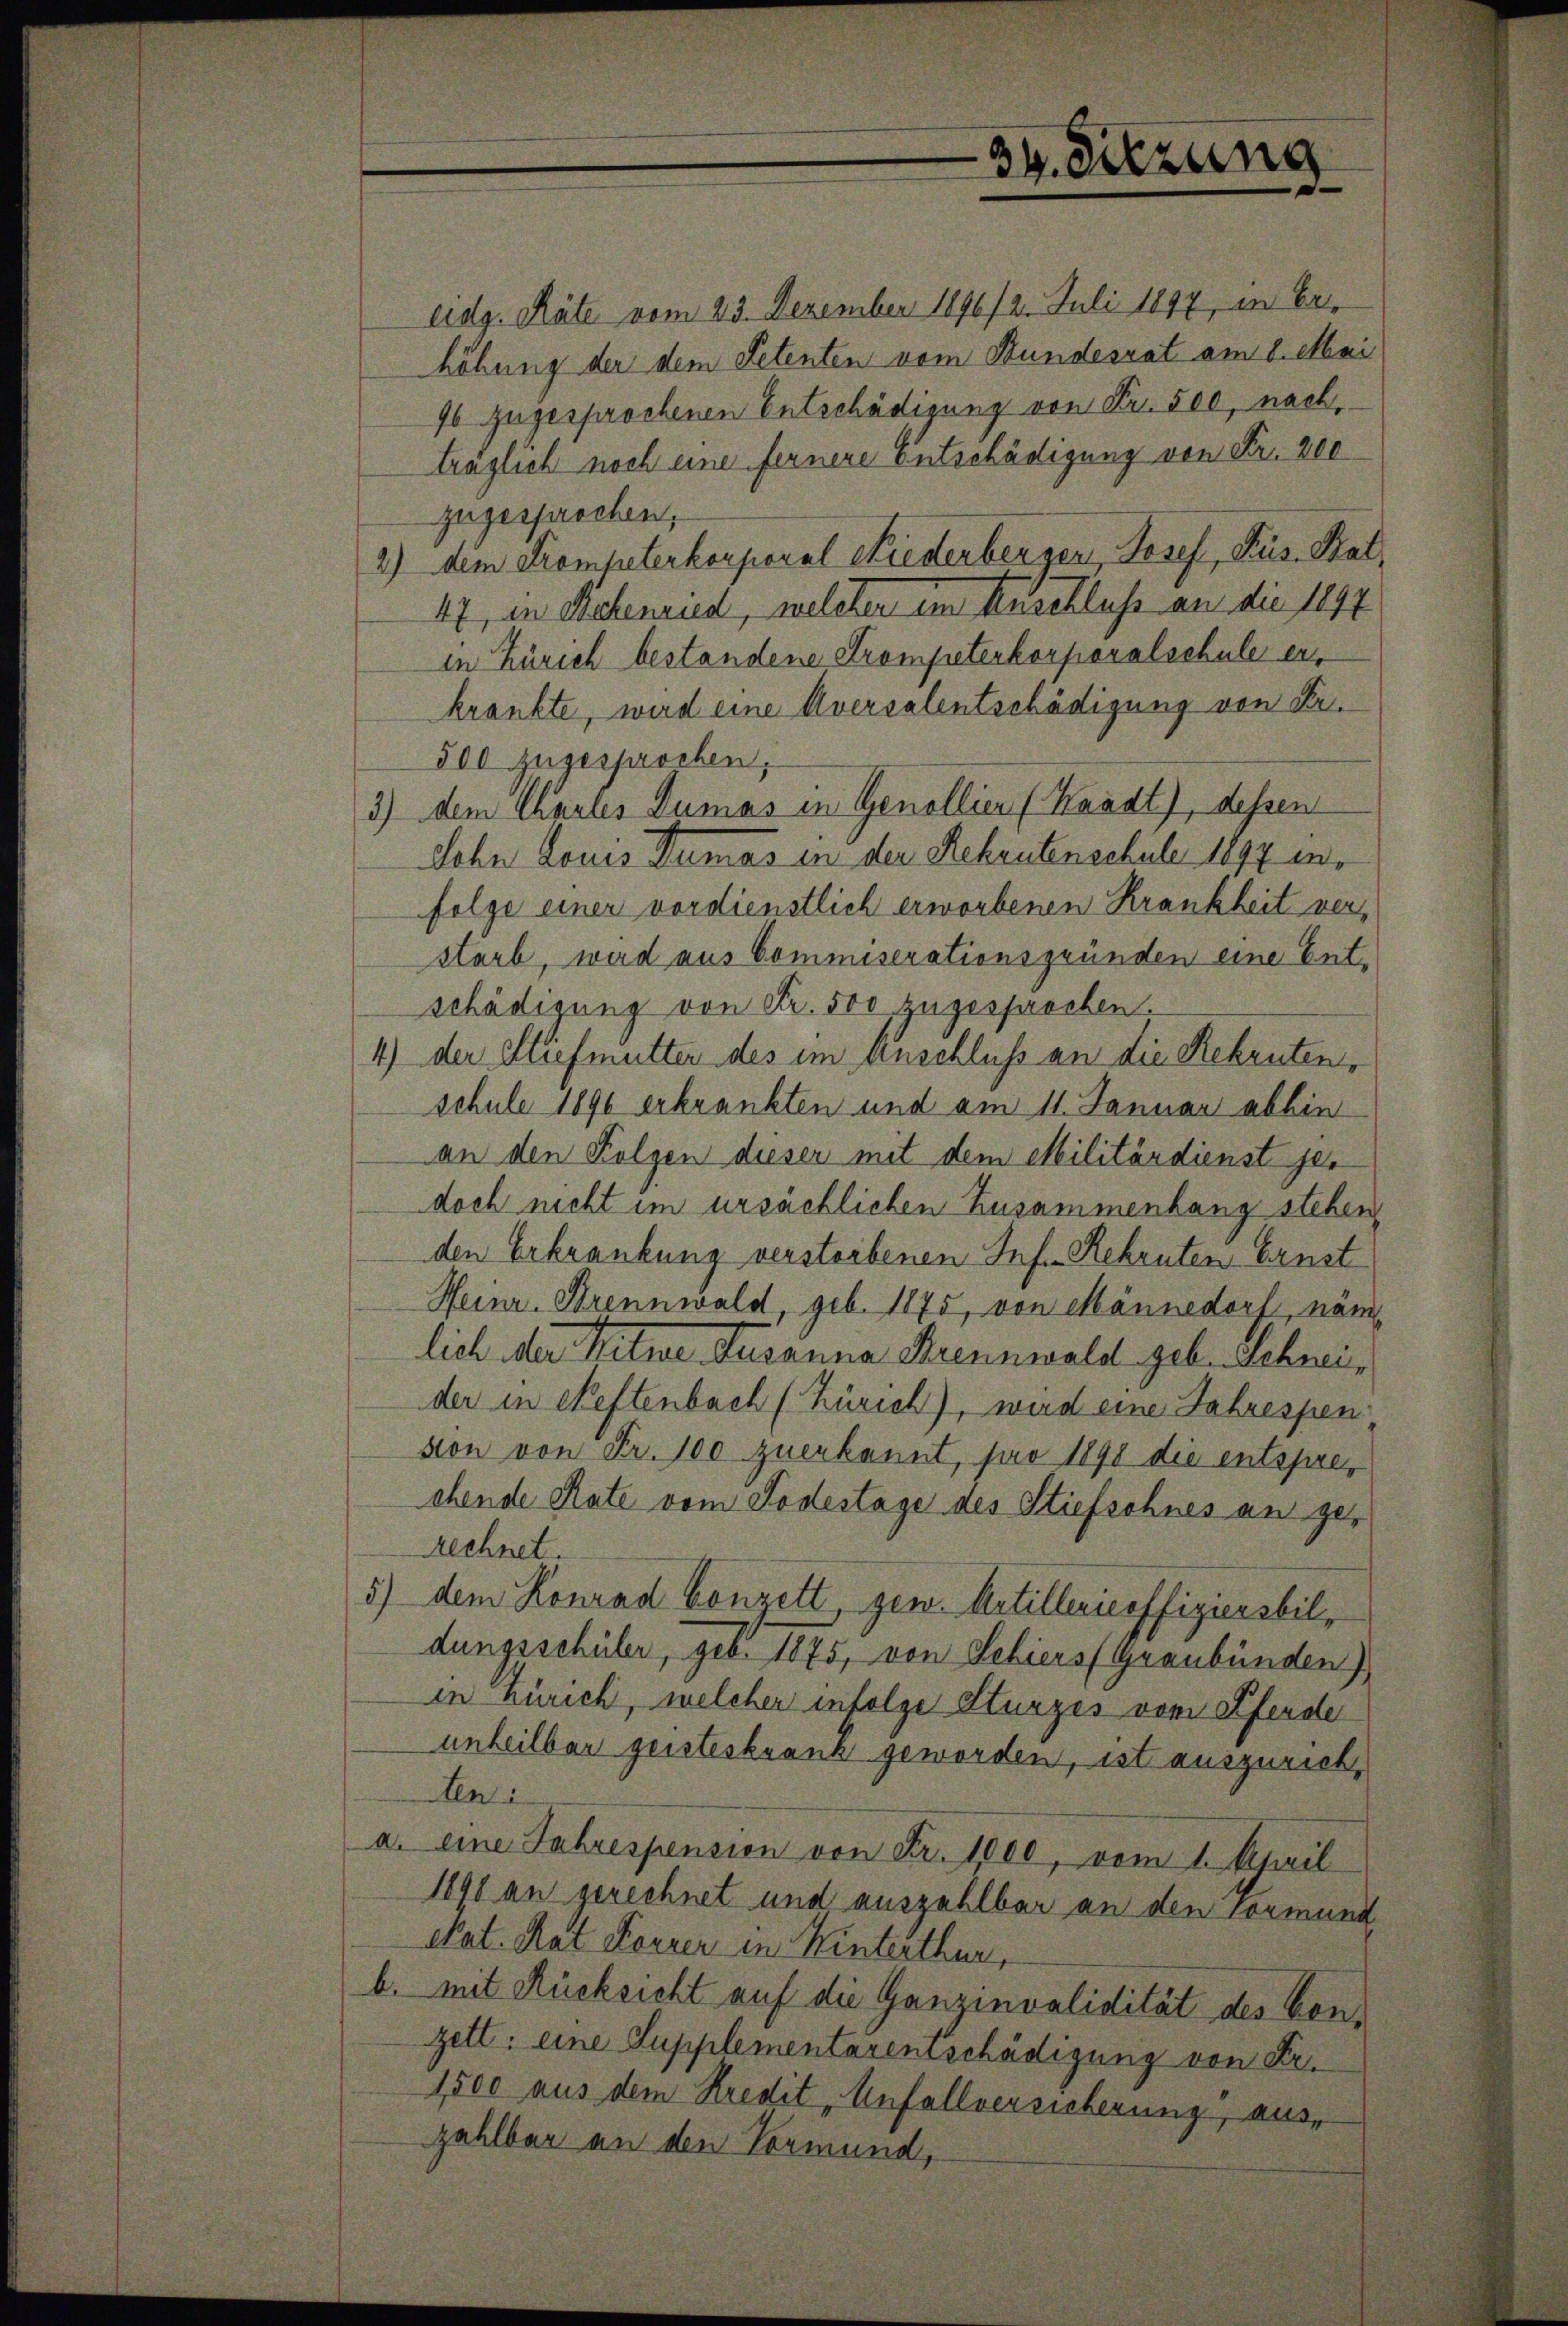
34. Sitzung

eidg. Räte vom 23. Dezember 1891/2. Juli 1897 in Er-
höhung der dem Petenten vom Bundesrat am 8. Mai
96 zugesprochenen Entschädigung von Fr. 500, nach,
träglich noch eine fernere Entschädigung von Fr. 200
zugesprochen,
2) dem Trompeterkorporal Liederbergen, Josef, Sus. Bal¬
17, in Sichenrud, welcher im Anschluß an die 1877
in Zürich bestandene Trompeterkorporalschule erkrankte, wird eine Aversalentschädigung von Sr.
500 zugesprochen,
3) dem Chaules Dumas in Genollier (Kaadt), dessen
Sohn Louis Dumas in der Rekrutenschule 1897 infolge einer verdienstlich erworbenen Krankheit verstarb, wird aus Commiserationsgründen eine Entschädigung von Fr. 500 zugesprochen.
4) der Stiefmutter des im Anschluß an die Rekrutenschule 1890 erkrankten und am 11. Januar abhin
an den Folgen dieser mit dem Militärdienst jedoch nicht im ursächlichen Zusammenhang stehen,
den Erkrankung verstorbenen Inf. Rekruten Ernst
Heinr. Brennwald, geb. 1875, von Männedorf, nämlich der Witwe Susanna Brennwald geb. Schweider in Neftenbach (Zürich), wird eine Jahrespen
sion von Fr. 100 zuerkannt, pro 1890 die entsprechende Rate vom Todestage des Stiefsohnes an ge¬
Rechnet.
5) dem Konrad Conzett, gew. Artillericoffiziersbil-
dungsschüler, geb. 1875, von Sebiers (Graubünden)
in Zürich, welcher infolge Sturzes vom Pferde
unheilbar geisteskrank geworden, ist auszurich,
Aen
a. eine Jahrespension von Fr. 1000, vom 1. April
1891 an gerechnet und auszahlbar an den vormund
Nat. Rat Forrer in Hinterthur,
b. mit Rücksicht auf die Ganzinvalidität des Conzett: eine Supplementarentschädigung von Fr.
1500 aus dem Kredit „Unfallversicherung, auszahlbar an den Vormund,